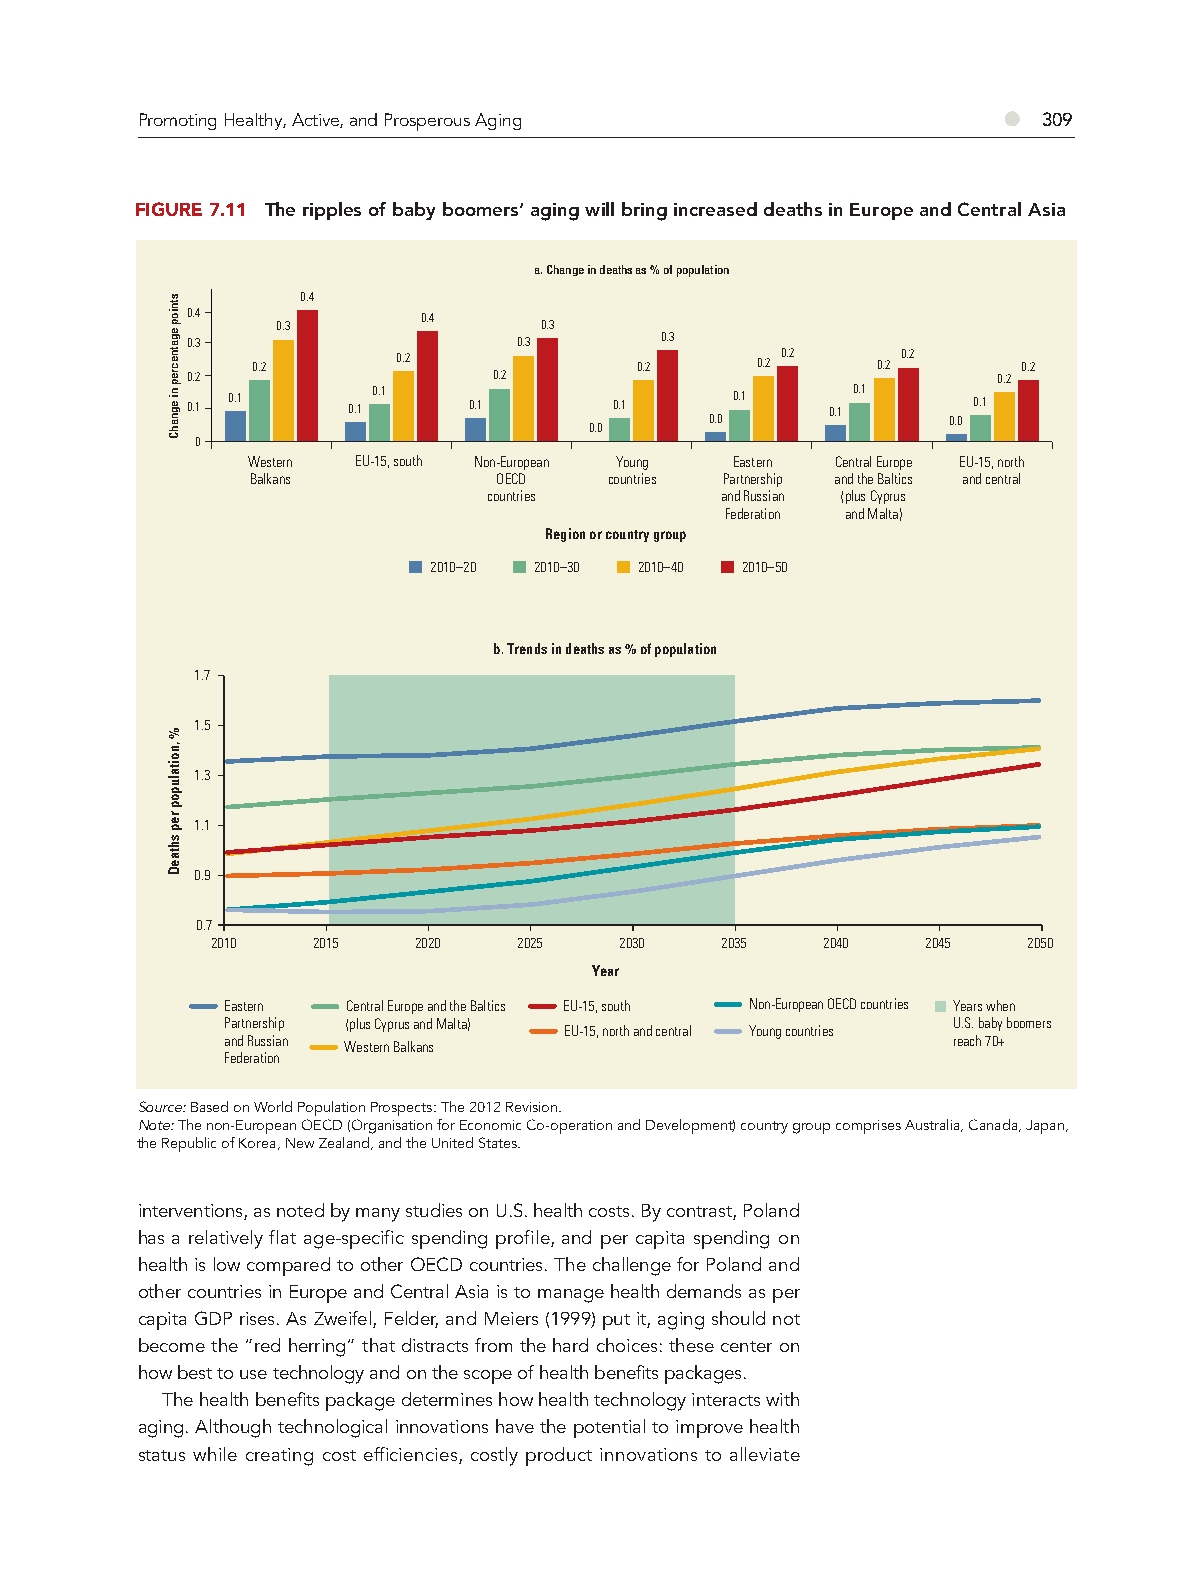
Promoting Healthy, Active, and Prosperous Aging          ●  309
 FIGURE 7.11 The ripples of baby boomers’ aging will bring increased deaths in Europe and Central Asia
 a. Change in deaths as % of population
 0.4
 0.4             0.4
 0.3               0.3
 0.3                   0.3       0.3
 0.2      0.2             0.2     0.2 0.2 0.2 0.2   0.2
 0.2                  0.2                              0.2
 0.1 0.1    0.1 0.1 0.1       0.1     0.1   0.1 0.1  0.1
 0.0             0.0
 0.0
 0
 Western EU-15, south Non-European Young Eastern Central Europe EU-15, north
 Balkans         OECD   countries Partnership and the Baltics and central
 countries       and Russian (plus Cyprus
 Federation and Malta)
 Region or country group
 2010–20 2010–30 2010–40 2010–50
 b. Trends in deaths as % of population
 1.7
 1.5
 1.3
 1.1
 0.9
 0.7
 2010   2015  2020   2025   2030   2035  2040   2045   2050
 Year
 Eastern Central Europe and the Baltics EU-15, south Non-European OECD countries Years when
 Partnership (plus Cyprus and Malta)             U.S. baby boomers
 EU-15, north and central Young countries
 and Russian Western Balkans                     reach 70+
 Federation
 Source: Based on World Population Prospects: The 2012 Revision.
 Note: The non-European OECD (Organisation for Economic Co-operation and Development) country group comprises Australia, Canada, Japan,
 the Republic of Korea, New Zealand, and the United States.
 interventions, as noted by many studies on U.S. health costs. By contrast, Poland
 has a relatively flat age-specific spending profile, and per capita spending on
 health is low compared to other OECD countries. The challenge for Poland and
 other countries in Europe and Central Asia is to manage health demands as per
 capita GDP rises. As Zweifel, Felder, and Meiers (1999) put it, aging should not
 become the “red herring” that distracts from the hard choices: these center on
 how best to use technology and on the scope of health benefits packages.
 The health benefits package determines how health technology interacts with
 aging. Although technological innovations have the potential to improve health
 status while creating cost efficiencies, costly product innovations to alleviate
 stniop
 egatnecrep
 ni egnahC
 %
 ,noitalupop
 rep
 shtaeD